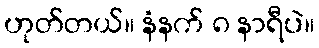
ဟုတ်တယ်။ နံနက် ၈ နာရီပဲ။